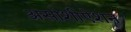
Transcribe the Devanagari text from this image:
असोशीऐशन